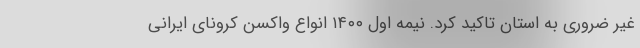
غیر ضروری به استان تاکید کرد. نیمه اول ۱۴۰۰ انواع واکسن کرونای ایرانی